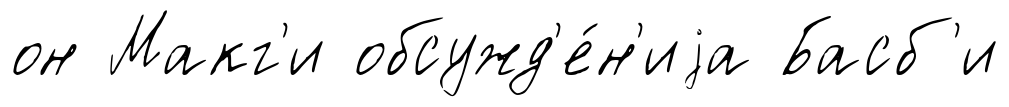
он Макг'и обсужд'е́н'иjа Басб'и